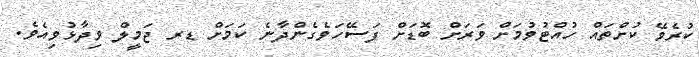
ކުރެވޭ ކުށްތައް ހުއްޓުވުމަށް ވަރަށް ބޮޑަށް ފަސޭހަވެގެންދާނެ ކަމަށް ޑރ ޖަމީލް ވިދާޅުވިއެވެ.